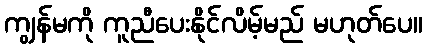
ကျွန်မကို ကူညီပေးနိုင်လိမ့်မည် မဟုတ်ပေ။